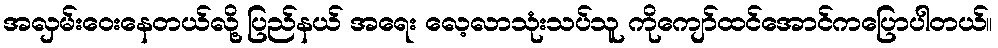
အလှမ်းဝေးနေတယ်လို့ ပြည်နယ် အရေး လေ့လာသုံးသပ်သူ ကိုကျော်ထင်အောင်ကပြောပါတယ်။